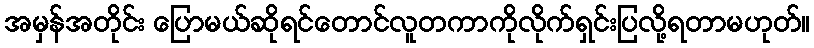
အမှန်အတိုင်း ပြောမယ်ဆိုရင်တောင်လူတကာကိုလိုက်ရှင်းပြလို့ရတာမဟုတ်။